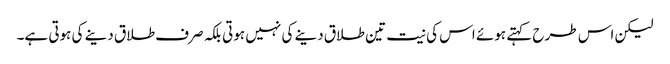
لیکن اس طرح کہتے ہوئے اس کی نیت تین طلاق دینے کی نہیں ہوتی بلکہ صرف طلاق دینے کی ہوتی ہے۔